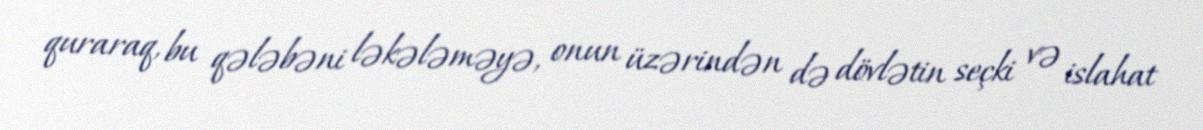
quraraq, bu qələbəni ləkələməyə, onun üzərindən də dövlətin seçki və islahat